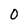
Character: 0